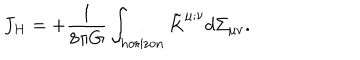
LaTeX: J _ { H } = + { \frac { 1 } { 8 \pi G } } \int _ { \mathrm { h o r i z o n } } \tilde { K } ^ { \mu ; \nu } d \Sigma _ { \mu \nu } .